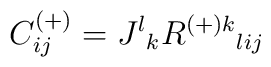
C^{(+)}_{ij}=J^l{}_kR^{{(+)} k} {}_{lij}